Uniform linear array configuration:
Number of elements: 16
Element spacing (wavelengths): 0.25
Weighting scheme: kaiser
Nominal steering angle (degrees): -60
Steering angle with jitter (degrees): -59.239
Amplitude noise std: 0.05
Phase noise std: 0.05

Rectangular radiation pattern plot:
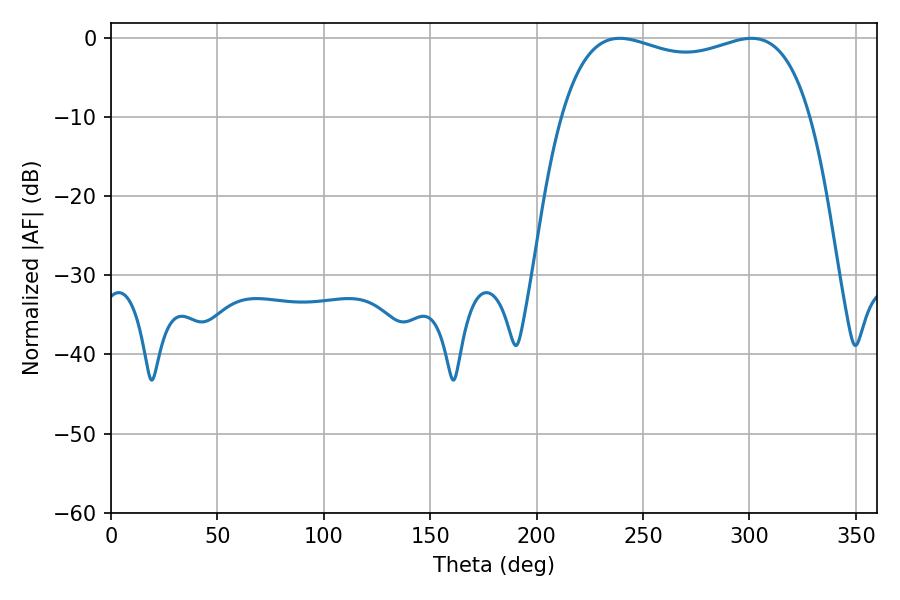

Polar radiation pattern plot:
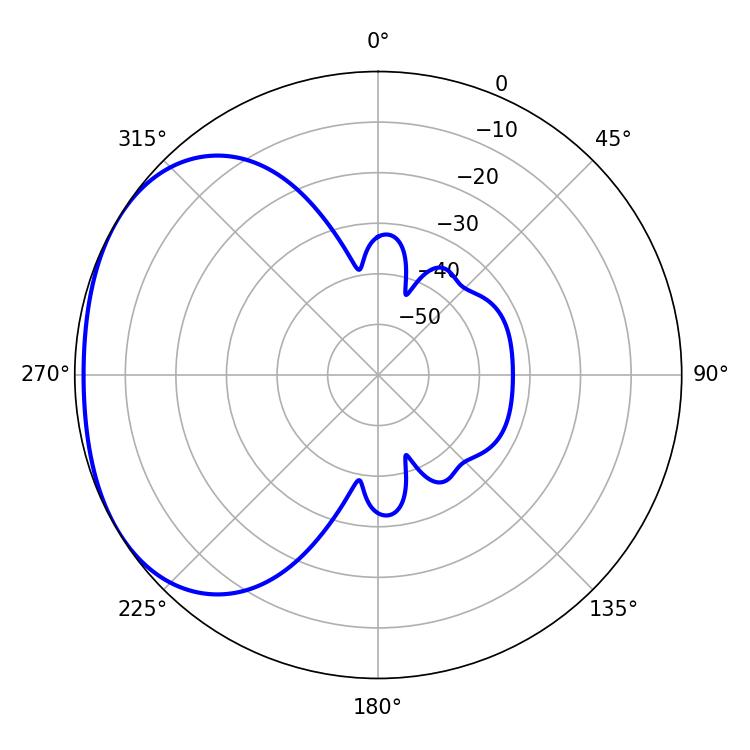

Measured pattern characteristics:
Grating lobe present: FALSE
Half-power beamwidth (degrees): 95.76
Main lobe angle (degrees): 239.04